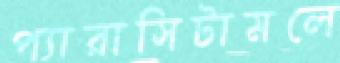
প্যারাসিটামলে